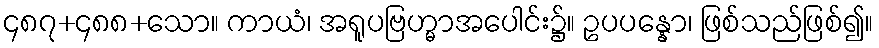
၄၈၇+၄၈၈+သော။ ကာယံ၊ အရူပဗြဟ္မာအပေါင်း၌။ ဥပပန္နော၊ ဖြစ်သည်ဖြစ်၍။